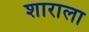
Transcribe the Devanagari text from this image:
शाराला